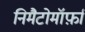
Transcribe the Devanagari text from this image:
निमैटोमॉर्फ़ा